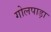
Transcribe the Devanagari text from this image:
गोलपाड़ा